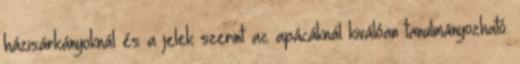
házisárkányoknál és a jelek szerint az apácáknál kiválóan tanulmányozható.